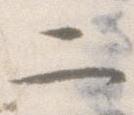
二